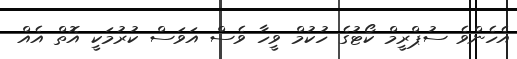
އެހެންވެ ސުޕްރީމް ކޯޓުގެ ހުކުމް ވީހާ ވެސް އަވަސް ކުރުމަކީ އޮތް އެއް